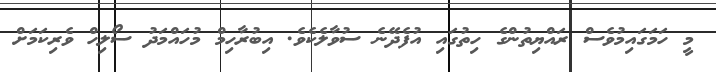
މީ ހަމަގައިމުވެސް ރައްޔިތުންގެ ހިތުގައި އުފެދޭނެ ސުވާލެކެވެ. އިބުރާހިމް މުހައްމަދު ސޯލިހް ވެރިކަމަށް